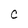
Character: C